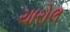
ચારોલ